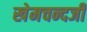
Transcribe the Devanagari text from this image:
खेमचन्दजी